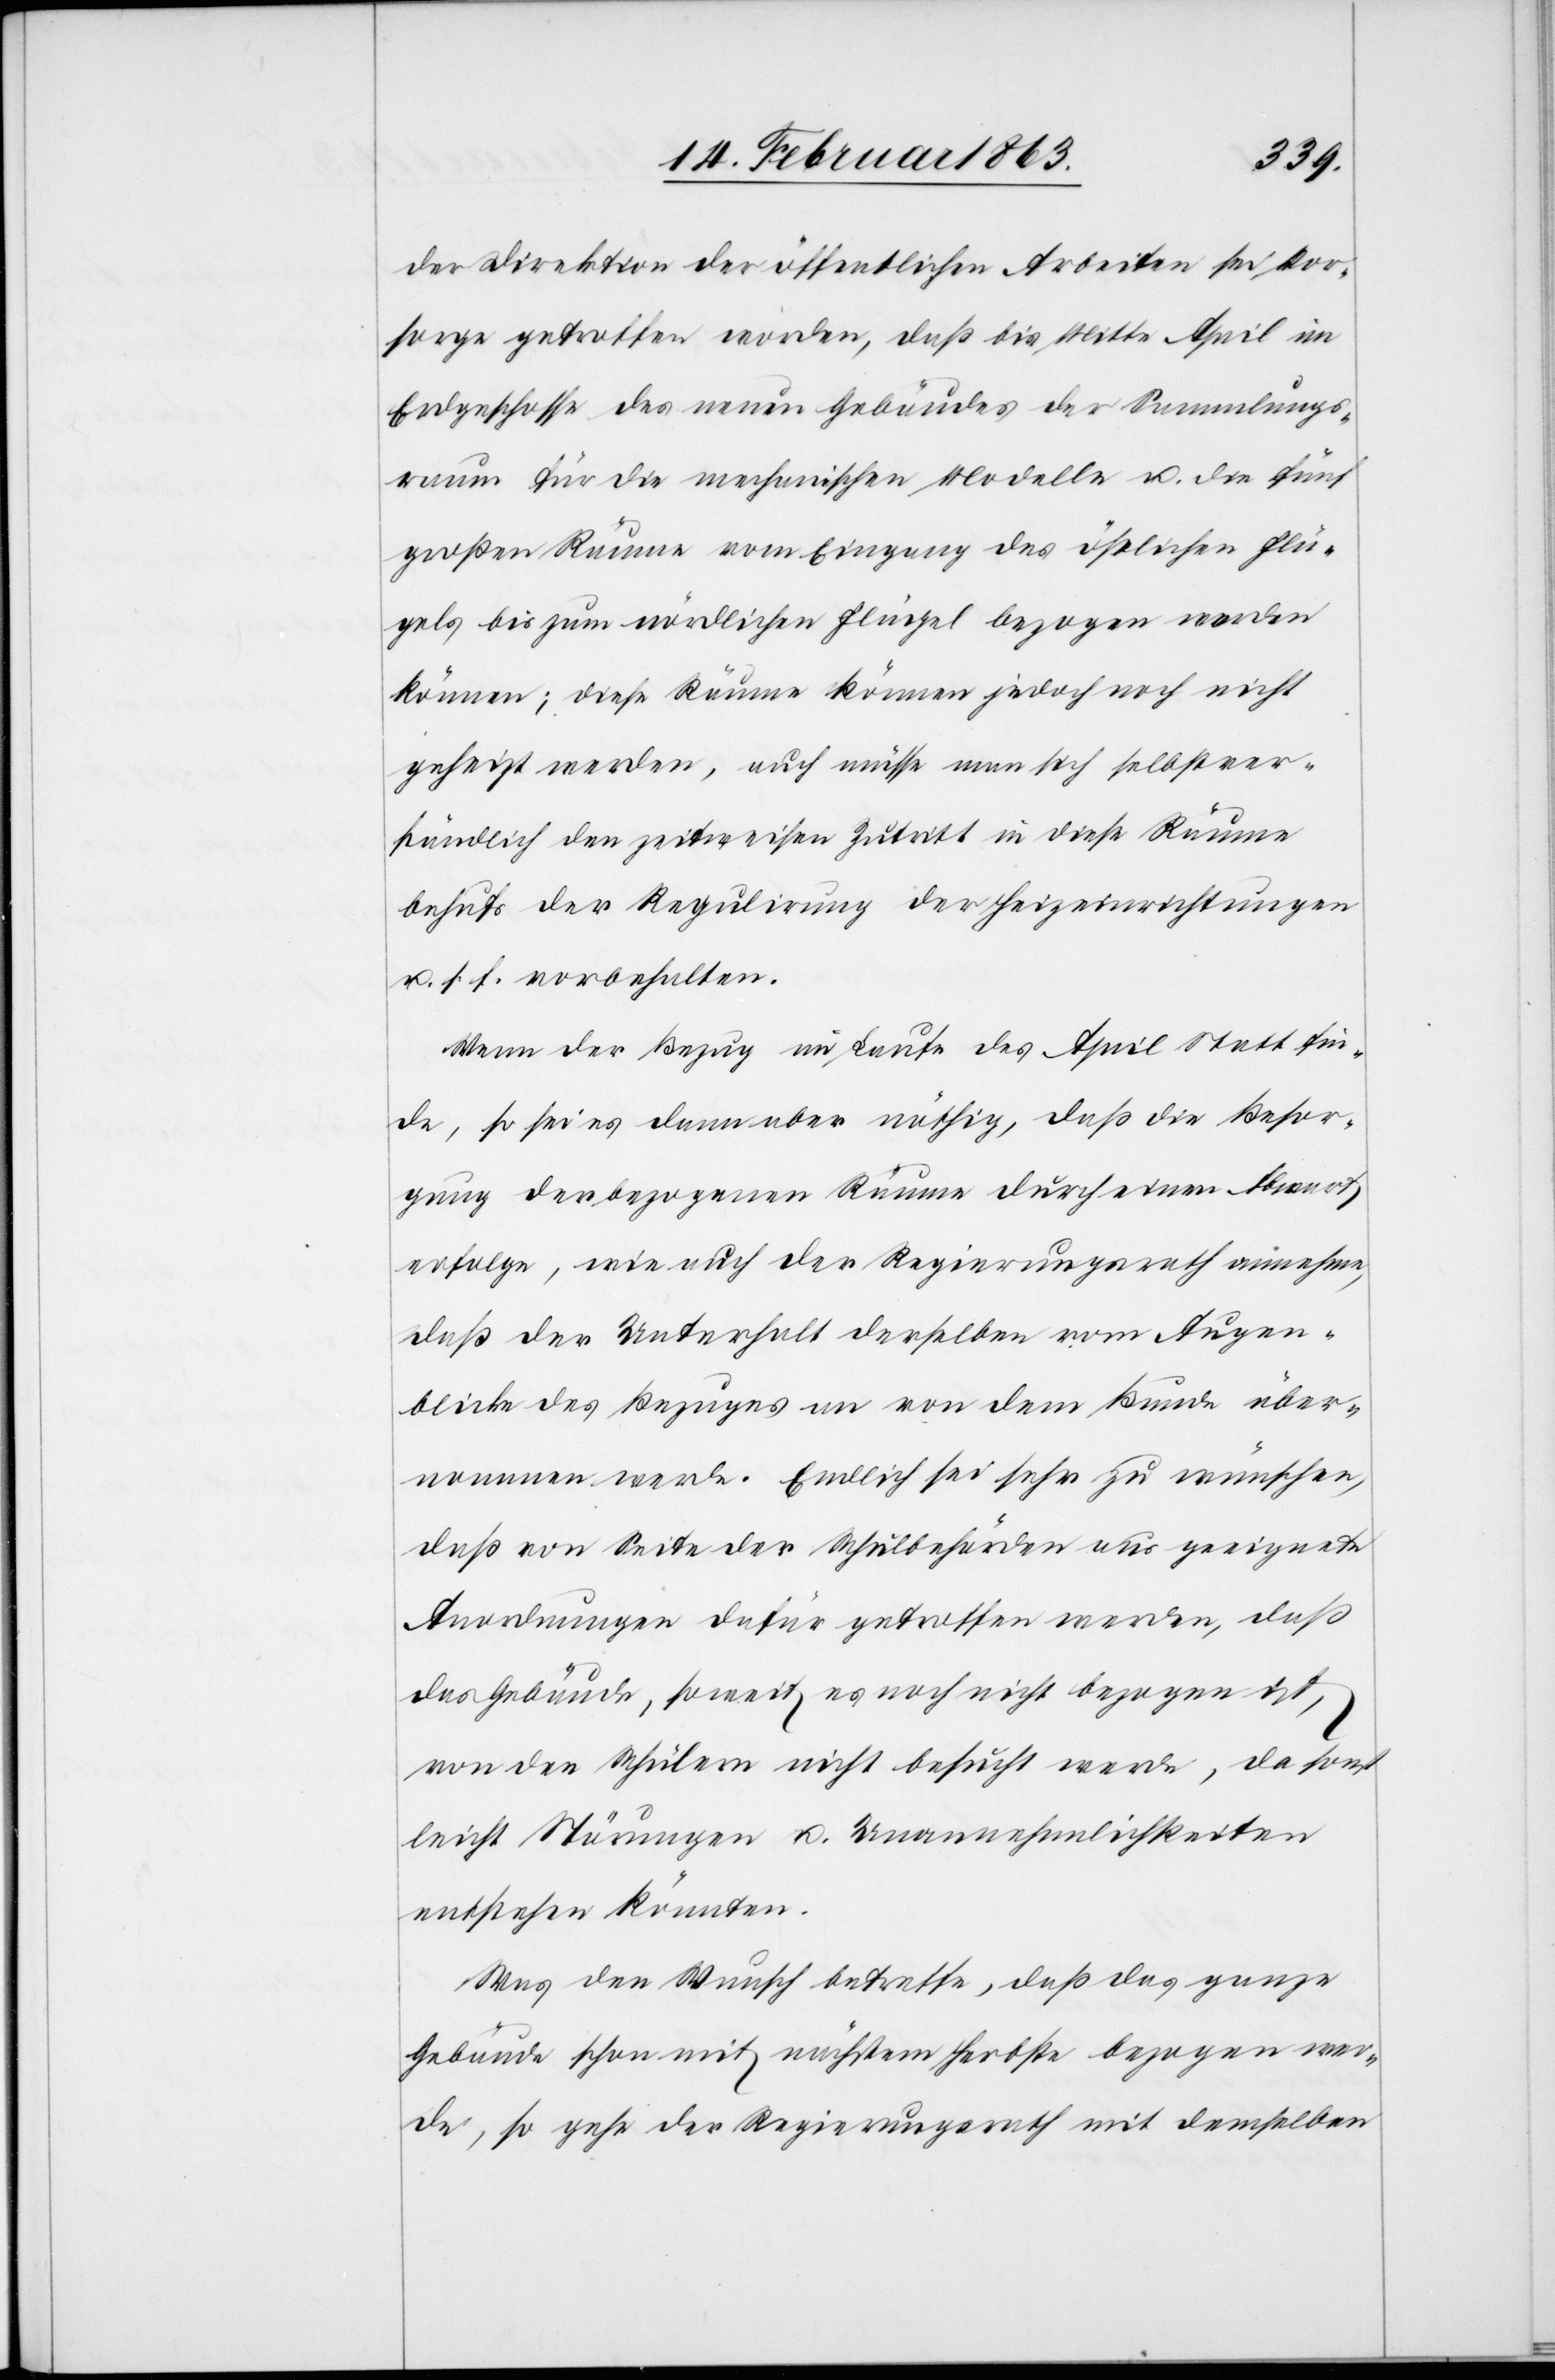
der Direktion der öffentlichen Arbeiten sei Vor¬
sorge getroffen worden, daß bis Mitte April im
Erdgeschosse des neuen Gebäudes der Sammlungs¬
raum für die mechanischen Modelle u. die fünf
großen Räume vom Eingang des üblichen Flü¬
gels bis zum nördlichen Flügel bezogen werden
können; diese Räume können jedoch noch nicht
geheizt werden, auch müsse man sich selbstver¬
ständlich den zeitweisen Zutritt in diese Räume
behufs der Regulirung der Heizeinrichtungen
u. s. f. vorbehalten.
Wenn der Bezug im Laufe des April Statt fin¬
de, so sei es dann aber nöthig, daß die Besor¬
gung der bezogenen Räume durch einen Abwart
erfolge, wie auch der Regierungsrath annehme,
daß der Unterhalt derselben vom Augen¬
blicke des Bezuges an von dem Bunde über¬
nommen werde. Endlich sei sehr zu wünschen,
daß von Seite der Schulbehörden aus geeignete
Anordnungen dafür getroffen werden, daß
das Gebäude, soweit es noch nicht bezogen ist,
von den Schülern nicht besucht werde, da sonst
leicht Störungen u. Unannehmlichkeiten
entstehen könnten.
Was den Wunsch betreffe, daß das ganze
Gebäude schon mit nächstem Herbste bezogen wer¬
de, so gehe der Regierungsrath mit demselben